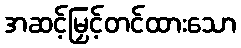
အဆင့်မြှင့်တင်ထားသော